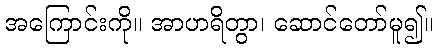
အကြောင်းကို။ အာဟရိတွာ၊ ဆောင်တော်မူ၍။